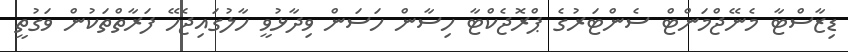
ޑިޒާސްޓާ މެނޭޖްމަންޓް ސެންޓަރުގެ ޕްރޮޖެކްޓާ ހިސާން ހަސަން ވިދާޅުވީ ހާލުގައިޖެހޭ ފަރާތްތަކުން ވަގުތީ